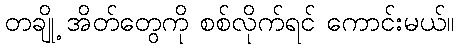
တချို့ အိတ်တွေကို စစ်လိုက်ရင် ကောင်းမယ်။